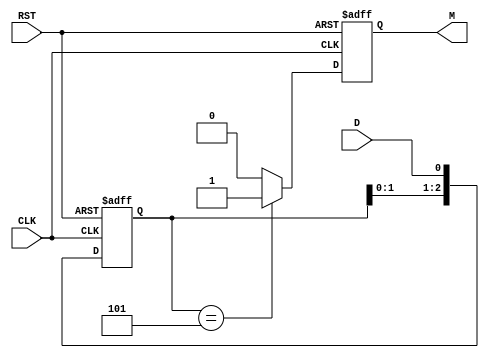
module pattern_detector (
    input wire D,       // Data input
    input wire CLK,     // Clock signal
    input wire RST,     // Asynchronous reset
    output reg M        // Match output
);

    // Define the pattern to be detected (for example, "101")
    parameter PATTERN = 3'b101; // 3-bit pattern
    parameter PATTERN_LENGTH = 3; // Length of the pattern

    // State registers
    reg [PATTERN_LENGTH-1:0] state; // Current state

    always @(posedge CLK or posedge RST) begin
        if (RST) begin
            // Reset state and output
            state <= 0;
            M <= 0;
        end else begin
            // Shift the state to the left and add the new data bit
            state <= {state[PATTERN_LENGTH-2:0], D};

            // Check if the current state matches the pattern
            if (state == PATTERN) begin
                M <= 1; // Pattern detected
            end else begin
                M <= 0; // Pattern not detected
            end
        end
    end

endmodule